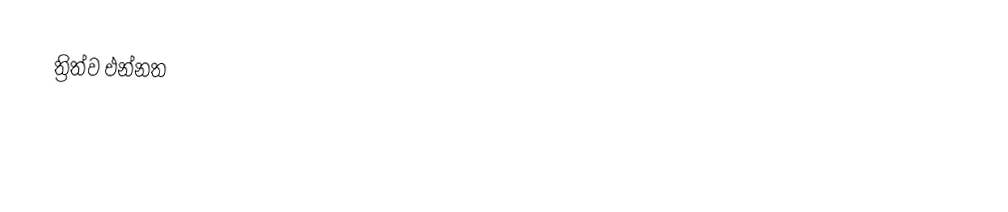
ත්‍රිත්ව එන්නත